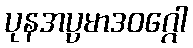
ပုနအပ္ပမာဒဝဂ္ဂေါ